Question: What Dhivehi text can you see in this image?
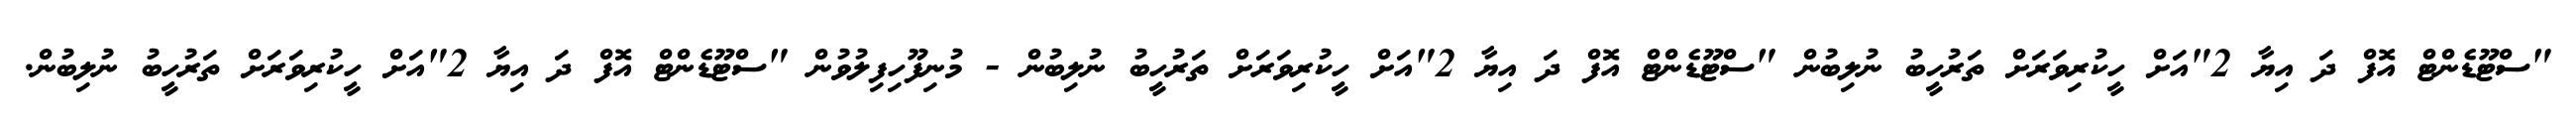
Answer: "ސްޓޫޑެންޓް އޮފް ދަ އިޔާ 2"އަށް ހީކުރިވަރަށް ތަރުހީބު ނުލިބުން "ސްޓޫޑެންޓް އޮފް ދަ އިޔާ 2"އަށް ހީކުރިވަރަށް ތަރުހީބު ނުލިބުން - މުނިފޫހިފިލުވުން "ސްޓޫޑެންޓް އޮފް ދަ އިޔާ 2"އަށް ހީކުރިވަރަށް ތަރުހީބު ނުލިބުން.